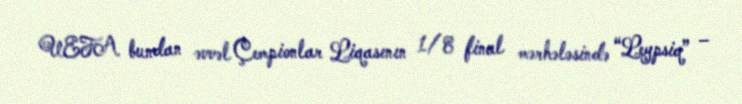
UEFA bundan əvvəl Çempionlar Liqasının 1/8 final mərhələsində “Leypsiq” –